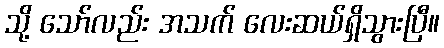
သို့ သော်လည်း အသက် လေးဆယ်ရှိသွားပြီ။